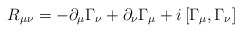
\begin{align*}R_{\mu \nu} = - \partial_\mu \Gamma_\nu + \partial_\nu \Gamma_\mu + i \left[ \Gamma_\mu , \Gamma_\nu \right]\end{align*}